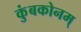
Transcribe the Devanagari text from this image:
कुंबकोनम्